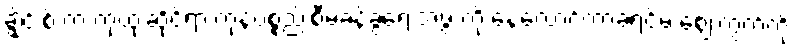
ချွိုင်းစ် က ကုထုံးဆိုင်ရာ ကုန်ပစ္စည်းစီမံခန့်ခွဲရေးအဖွဲ့ ကို နေလောင်ကာခရင်မ် ဈေးကွက်ကို